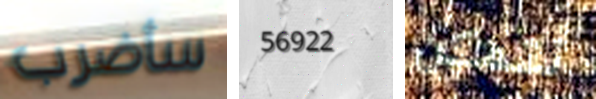
سأضرب 56922 نتمكن